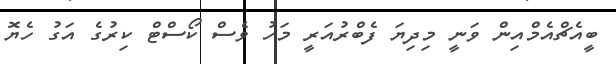
ބީއެޗްއެމްއިން ވަނީ މިދިޔަ ފެބްރުއަރީ މަހު ވެސް ކޯސްޓް ކިރުގެ އަގު ހެޔޮ